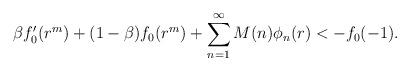
LaTeX: \begin{align*}\beta f'_{0}(r^m)+ (1-\beta)f_{0}(r^m) +\sum_{n=1}^{\infty} M(n) \phi_{n}(r) < -f_{0}(-1).\end{align*}